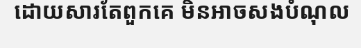
ដោយសារតែពួកគេ មិនអាចសងបំណុល